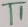
Text: T1